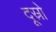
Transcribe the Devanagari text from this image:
दूस्रो